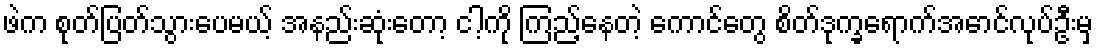
ဖဲက စုတ်ပြတ်သွားပေမယ့် အနည်းဆုံးတော့ ငါ့ကို ကြည့်နေတဲ့ ကောင်တွေ စိတ်ဒုက္ခရောက်အောင်လုပ်ဦးမှ